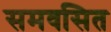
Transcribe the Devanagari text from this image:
समवसित